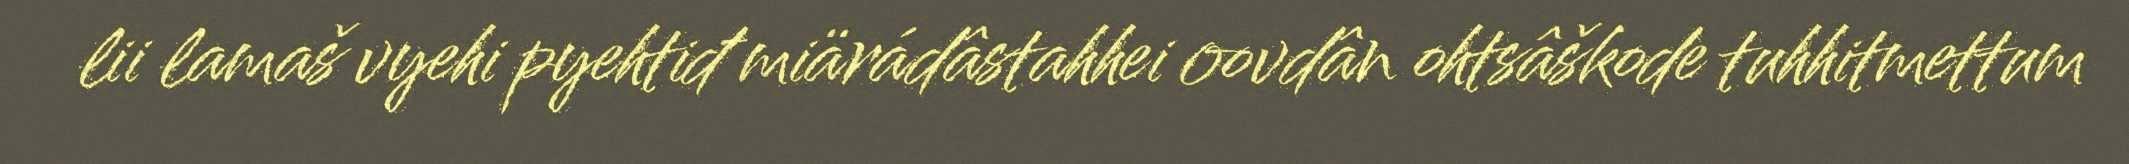
lii lamaš vyehi pyehtiđ miärádâstahhei oovdân ohtsâškode tuhhitmettum